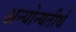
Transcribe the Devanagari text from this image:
अन्योन्यतीर्थ